Vaccination in the Punjab 1919-1929 - 1919-1929
Year: 1919
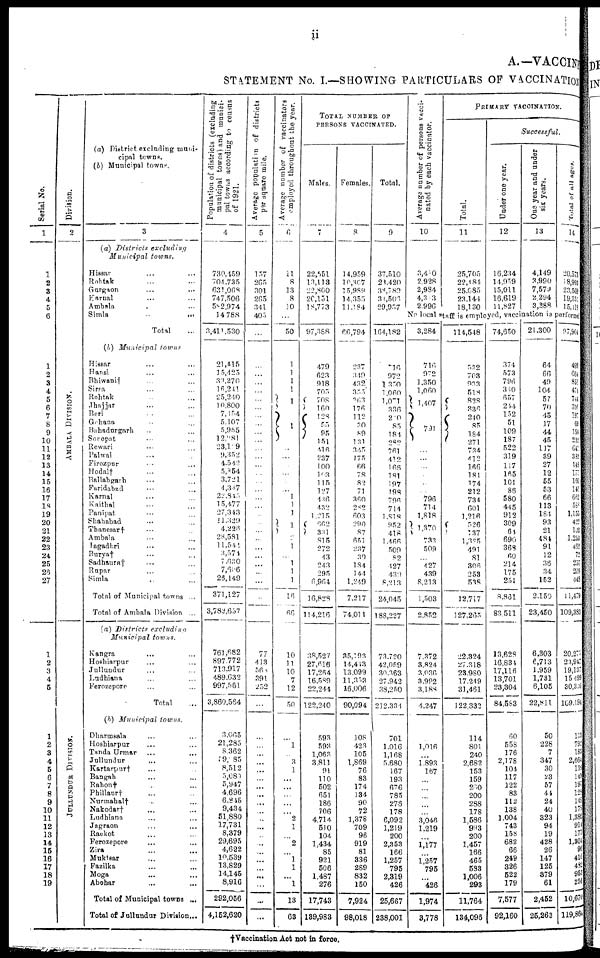
ii
A.—VACCINI
STATEMENT No. I.—SHOWING PARTICULARS OP VACCINATION
Ser i al No.
1
1
2
3
4
5
6
1
2
3
4
5
6
7
8
9
10
11
12
13
14
15
16
17
18
19
20
21
22
23
24
25
25
27
1
2
3
4
5
1
2
3
4
5
6
7
8
9
10
11
12
13
14
15
16
17
18
19
Division.
2
AMB AL A DI VI SI ON.
JULLUNDUR DIVISION
(a) District excluding muni-
cipal towns.
(b) Municipal towns.
3
(a) Districts
excluding
Municipal
towns.
Hissar ... ...
Rohtak ... ...
Gurgaon ... ...
Karnal ... ...
Ambala ... ...
Simla ... ...
Total ...
(b) Municipal
towns
Hissar ... ...
Hansi ... ...
Bhiwani† ... ...
Sirsa ... ...
Rohtak ... ...
Jhajjar ... ...
Beri ... ...
Gohana ... ...
Bahadurgarh ... ...
Sonepat ... ...
Rewari ... ...
Palwal ... ...
Firozpur
... ...
Hodal† ... ...
Ballabgarh ... ...
Faridabad ... ...
Karnal ... ...
Kaithal ... ...
Panipat ... ...
Shahabad ... ...
Thanesar† ... ...
Ambala ... ...
Jagadhri ... ...
Burya† ... ...
Sadhaura† ... ...
Rupar ... ...
Simla ... ...
Total of Municipal towns ...
Total of Ambala Division ...
(a) Districts
excluding
Municipal
towns.
Kangra ... ...
Hoshiarpur ... ...
Jullundur ... ...
Ludhiana ... ...
Ferozepore ... ...
Total ...
(b) Municipal
towns.
Dharmsala ... ...
Hoshiarpur ... ...
Tanda Urmar ... ...
Jullundur ... ...
Kartarpur† ... ...
Bangah ... ...
Rahon† ... ...
Phillaur† ... ...
Nurmahal† ... ...
Nakodar† ... ...
Ludhiana ... ...
Jagraon ... ...
Raekot ... ...
Ferozepore ... ...
Zira ... ...
Muktsar ... ...
Fazilka ... ...
Moga ... ...
Abohar ... ...
Total of Municipal towns ...
Total of Jullundur Division...
Popul at i
on of di st r i ct s ( excl udi ng
municipal t
owns ) and munici-
pal t
owns a c c o r d i n g to census
of 1921.
4
730,459
704,735
631,068
747,506
582,974
14,788
3,411,530
21,415
15,425
33,270
16,241
25,240
10,800
7,454
5,107
5,955
12,881
23,179
9,352
4,542
5,854
3,721
4,387
22,843
15,477
27,343
11,329
4,228
28,581
11,541
3,574
7,630
7,606
26,149
371,127
3,782,657
761,682
897,772
713,917
489,632
997,561
3,860,564
3,065
21,285
8,362
19,785
8,512
5,080
5,947
4,696
6,845
9,434
51,880
17,731
8,379
29,695
4,622
10,539
13,829
14,145
8,916
292,056
4,162,620
Ave r
a ge p o p u l a t i o n of di st r i ct s
per square mile.
5
157
265
301
265
341
405
...
...
...
...
...
...
...
...
...
...
...
...
...
...
...
...
...
...
...
...
...
...
...
...
...
...
...
...
...
77
413
568
391
252
...
...
...
...
...
...
...
...
...
...
...
...
...
...
...
...
...
...
...
...
...
...
Aver age number of vaccinators
employed throughout the year .
6
11
8
13
8
10
...
50
1
1
1
1
1
1
...
...
...
...
...
...
1
1
1
1
2
1
...
1
1
1
16
66
10
11
10
7
12
50
...
1
...
3
1
...
...
...
...
...
2
1
...
2
...
1
1
...
1
13
63
TOTAL NUMBER OF
PERSONS VACCINATED.
Males.
7
22,651
13,113
22,800
20,151
18,773
97,388
479
623
918
705
708
160
128
55
95
151
416
237
100
163
115
127
436
432
1,215
662
331
815
272
43
243
295
6,964
16,828
114,216
38,527
27,616
17,264
16,589
22,244
122,240
593
593
1,063
3,811
91
110
502
651
186
106
4,714
510
104
1,434
85
921
506
1,487
276
17,743
139,983
Females.
8
14,959
10,307
15,988
14,355
11,184
66,794
237
349
432
355
363
176
112
30
89
131
345
175
66
78
82
71
360
282
603
290
87
651
237
39
184
144
1,249
7,217
74,011
35,198
14,413
13,099
11,353
16,006
90,094
108
423
105
1,869
76
83
174
134
90
72
1,378
709
96
919
81
336
289
832
150
7,924
98,018
Total.
9
37,510
23,420
38,789
34,503
29,957
164,182
716
972
1,350
1,060
1,071
336
210
85
184
282
761
412
166
181
197
198
796
714
1,818
952
418
1,466
509
82
427
439
8,213
24,045
188,227
73,720
42,059
30,363
27,942
38,250
212,334
701
1,016
1,168
5,680
167
193
676
785
278
178
6,092
1,219
200
2,353
166
1,257
795
2,319
426
25,667
238,001
Ave r
a ge n u m b e r of per s ons vaaci-
nated by each vaccinator.
10
3,410
2,928
2,984
4,303
2.996
PRIMARY VACCINATION
Successful.
Total.
11
25,705
22,484
25,685
23,144
18,130
Under one year.
12
16,234
14,959
15,011
16,619
11,827
One year and under
six years.
13
4,149
3,990
7,579
2,294
3,288
Total of all ages.
14
20,573
18,993
23,569
19,351
15,118
No local staff is employed, vaccination is performed
3,284
716
972
1,350
1,060
1,407
791
...
...
...
...
...
...
796
714
1,818
1,370
733
509
...
427
439
8,213
1,503
2,852
7,372
3,824
3,036
3,992
3,188
4,247
1,016
...
1,893
167
...
...
...
...
...
3,046
1,219
...
1,177
...
1,257
795
...
426
1,974
3,778
114,548
532
703
933
518
828
336
240
85
184
271
734
412
166
181
174
212
734
601
1,216
526
137
1,325
491
81
306
253
538
12,717
127,265
22,324
27,318
23,980
17,249
31,461
122,332
114
801
240
2,682
153
159
200
200
288
178
1,586
993
200
1,457
166
465
583
1,006
293
11,764
134,096
74,650
374
573
796
340
657
244
152
51
109
187
522
319
117
165
101
86
580
445
912
309
64
690
368
60
214
175
251
8,861
83,511
13,628
16,834
17,116
13,701
23,304
84,583
60
558
176
2,178
104
117
122
83
112
138
1,004
743
158
682
66
249
326
522
179
7,577
92,160
21,300
64
66
49
104
57
70
45
17
44
45
117
39
27
12
55
53
66
113
184
93
21
484
91
12
36
34
152
2,150
23,450
6,303
6,7l3
1,959
1,731
6,105
22,811
50
228
7
347
30
23
57
44
24
40
323
94
19
428
26
147
125
379
61
2,452
25,263
97,904
499
664
851
474
744
316
197
69
154
232
641
382
148
173
160
141
662
588
1,155
422
102
1,253
462
72
257
209
448
11,479
109,383
20,278
23,947
19,137
15,499
30,356
109,194
113
793
183
2,664
138
143
197
128
148
178
1,386
914
177
1,304
96
416
482
953
256
10,670
119,864
†Vaccination Act not in force.